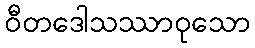
ဝီတဒေါသဿာဝုသော